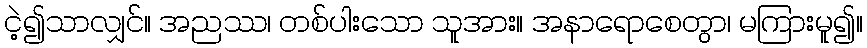
ငဲ့၍သာလျှင်။ အညဿ၊ တစ်ပါးသော သူအား။ အနာရောစေတွာ၊ မကြားမူ၍။